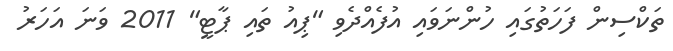
ތަކްސިން ފަހަތުގައި ހުންނަވައި އުފެއްދެވި "ޕިއު ތައި ޕާޓީ" 2011 ވަނަ އަހަރު